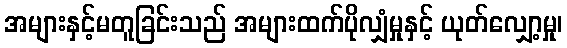
အများနှင့်မတူခြင်းသည် အများထက်ပိုလျှံမှုနှင့် ယုတ်လျှော့မှု၊